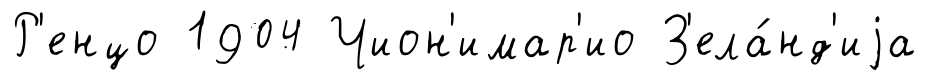
Р'енцо 1904 Чион'имар'ио З'ела́нд'иjа